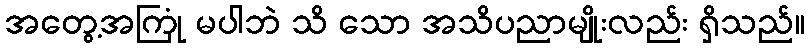
အတွေ့အကြုံ မပါဘဲ သိ သော အသိပညာမျိုးလည်း ရှိသည်။